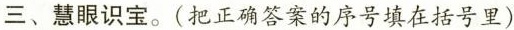
三、慧眼识宝。(把正确答案的序号填在括号里)